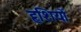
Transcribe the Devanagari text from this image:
हृशियों